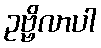
ဥဗ္ဗိလာပါ